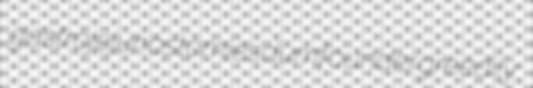
gastrojejunostomies dumfounder greedily